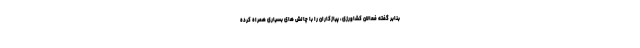
بنابر گفته فعالان کشاورزی، پیازکاران را با چالش های بسیاری همراه کرده